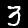
Digit: 3